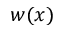
w ( x )